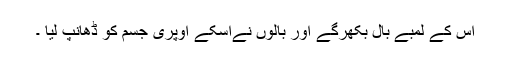
اس کے لمبے بال بکھرگے اور بالوں نےاُسکے اوپری جسم کو ڈھانپ لیا ۔